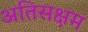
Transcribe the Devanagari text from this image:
अतिसक्षम